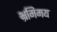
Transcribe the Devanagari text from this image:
भ्रमिमय